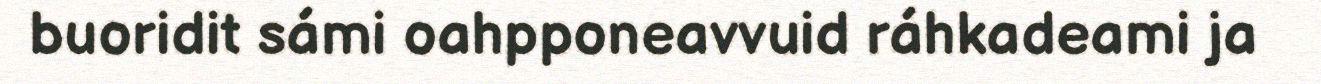
buoridit sámi oahpponeavvuid ráhkadeami ja